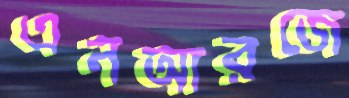
এনআরজে